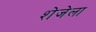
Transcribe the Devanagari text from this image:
शेजेला